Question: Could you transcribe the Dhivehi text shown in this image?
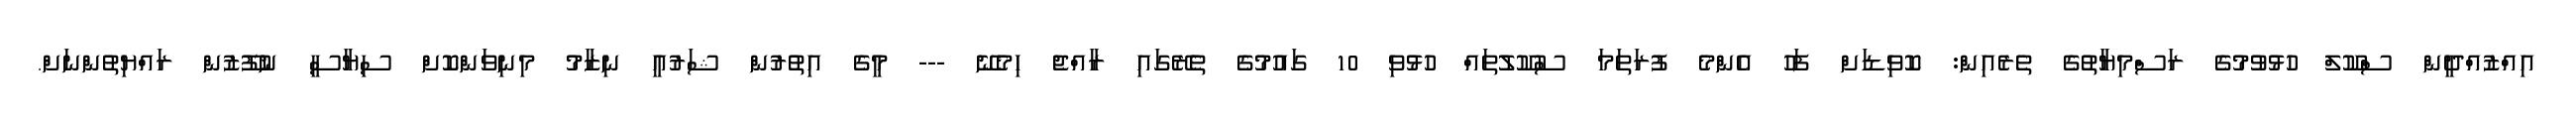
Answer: އިއްޒުއްދީން ސްކޫލް ހުޅުވުމުގެ ރަސްމިޔާތުގެ ތެރެއިން: ކޮވިޑަށް ފަހު އެންމެ ފުރަތަމަ ސުކޫލުތައް ހުޅުވި 10 ގައުމުގެ ތެރޭގައި ރާއްޖެ ހިމެނޭ --- މީގެ އިތުރުން ޝަރުއީ ނިޒާމު މިނިވަންކޮށް ސިޔާސީ ނުފޫޒުން ރައްޔިތުންނަށް.